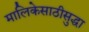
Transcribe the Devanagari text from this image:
मालिकेसाठीसुद्धा